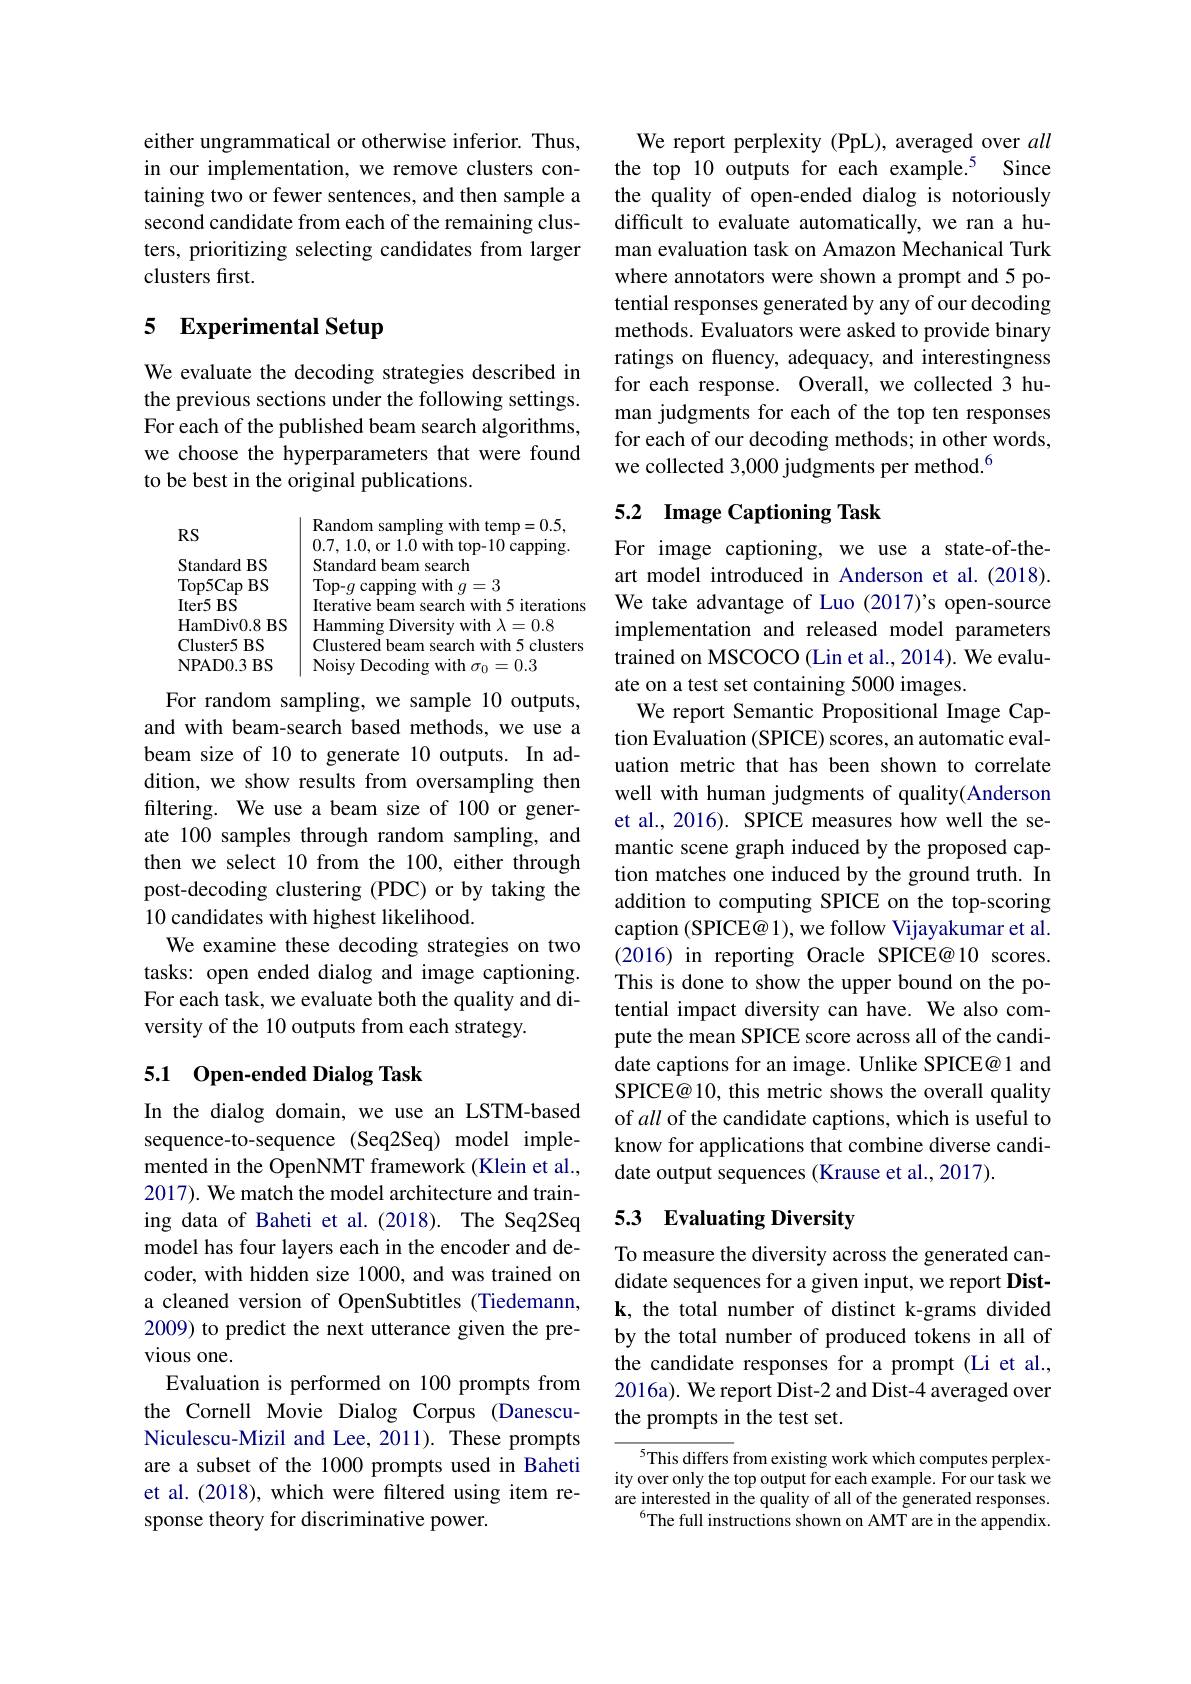
either ungrammatical or otherwise inferior. Thus, in our implementation, we remove clusters containing two or fewer sentences, and then sample a second candidate from each of the remaining clusters, prioritizing selecting candidates from larger clusters first.

## 5 Experimental Setup

We evaluate the decoding strategies described in the previous sections under the following settings. For each of the published beam search algorithms, we choose the hyperparameters that were found to be best in the original publications.

<table>
	<tbody>
		<tr>
			<td>$RS$</td>
			<td>Random sampling with temp=0.5, n7</td>
		</tr>
		<tr>
			<td>Standard BS</td>
			<td>$\operatorname{cappmg}.$ Standard beam search</td>
		</tr>
		<tr>
			<td>Top5Cap $BS$ </td>
			<td>Top- $g$ capping with $g=3$</td>
		</tr>
		<tr>
			<td>$Iter5$ $BS$</td>
			<td>search with 5 iterationa Iterative beam s</td>
		</tr>
		<tr>
			<td>HamDiv0. 8BS</td>
			<td>Hamming Diversity with $\lambda = 0. 8$</td>
		</tr>
		<tr>
			<td>Cluster5 $BS$ 1</td>
			<td>Clustered beam search with 5 clusters</td>
		</tr>
		<tr>
			<td>NPAD0. 3BS</td>
			<td>Noisy Decoding with $\sigma _{0}= 0. 3$</td>
		</tr>
	</tbody>
</table>

For random sampling, we sample 10 outputs, and with beam-search based methods, we use a beam size of 10 to generate 10 outputs. In addition, we show results from oversampling then filtering. We use a beam size of 100 or generate 100 samples through random sampling, and then we select 10 from the 100, either through post-decoding clustering (PDC) or by taking the 10 candidates with highest likelihood.
We examine these decoding strategies on two tasks: open ended dialog and image captioning. For each task, we evaluate both the quality and diversity of the 10 outputs from each strategy.

### 5.1 Open-ended Dialog Task

In the dialog domain, we use an LSTM-based sequence-to-sequence (Seq2Seq) model implemented in the OpenNMT framework (Klein et al., 2017). We match the model architecture and training data of Baheti et al.(2018). The Seq2Seq model has four layers each in the encoder and decoder, with hidden size 1000, and was trained on a cleaned version of OpenSubtitles (Tiedemann, 2009) to predict the next utterance given the previous one.
Evaluation is performed on 100 prompts from the Cornell Movie Dialog Corpus (DanescuNiculescu-Mizil and Lee, 2011). These prompts are a subset of the 1000 prompts used in Baheti et al. (2018), which were filtered using item response theory for discriminative power.

We report perplexity (PpL), averaged over all the top 10 outputs for each example.$^{5}$ Since the quality of open-ended dialog is notoriously difficult to evaluate automatically, we ran a human evaluation task on Amazon Mechanical Turk where annotators were shown a prompt and 5 potential responses generated by any of our decoding methods. Evaluators were asked to provide binary ratings on fluency, adequacy, and interestingness for each response. Overall, we collected 3 human judgments for each of the top ten responses for each of our decoding methods; in other words, we collected 3,000 judgments per method.$^{6}$

## 5.2 Image Captioning Task

For image captioning, we use a state-of-theart model introduced in Anderson et al.(2018). We take advantage of Luo (2017)'s open-source implementation and released model parameters trained on MSCOCO (Lin et al., 2014). We evaluate on a test set containing 5000 images
We report Semantic Propositional Image Caption Evaluation (SPICE) scores, an automatic evaluation metric that has been shown to correlate well with human judgments of quality(Anderson et al., 2016). SPICE measures how well the semantic scene graph induced by the proposed caption matches one induced by the ground truth. In addition to computing SPICE on the top-scoring caption (SPICE@ 1), we follow Vijayakumar et al. (2016) in reporting Oracle SPICE@10 scores. This is done to show the upper bound on the potential impact diversity can have. We also compute the mean SPICE score across all of the candidate captions for an image. Unlike SPICE@ 1 and SPICE@ 10, this metric shows the overall quality of all of the candidate captions, which is useful to know for applications that combine diverse candidate output sequences (Krause et al., 2017).

## 5.3 Evaluating Diversity

To measure the diversity across the generated candidate sequences for a given input, we report Distk, the total number of distinct k-grams divided by the total number of produced tokens in all of the candidate responses for a prompt (Li et al., 2016a). We report Dist-2 and Dist-4 averaged over the prompts in the test set.

$^{5}$This differs from existing work which computes perplexity over only the top output for each example. For our task we are interested in the quality of all of the generated responses.
$^{6}$The full instructions shown on AMT are in the appendix.